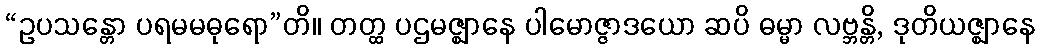
“ဥပသန္တော ပရမမဓုရော”တိ။ တတ္ထ ပဌမဇ္ဈာနေ ပါမောဇ္ဇာဒယော ဆပိ ဓမ္မာ လဗ္ဘန္တိ, ဒုတိယဇ္ဈာနေ